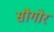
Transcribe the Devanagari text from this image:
सौगोर